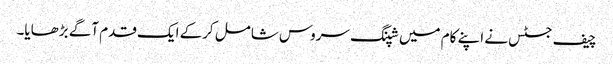
چیف جسٹس نے اپنے کام میں شپنگ سروس شامل کرکے ایک قدم آگے بڑھایا۔